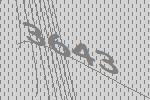
3643